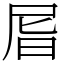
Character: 㞓